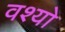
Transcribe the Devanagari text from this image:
वश्यो